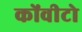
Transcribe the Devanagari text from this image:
कोंवीटो